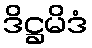
ဒိဋ္ဌမိဒံ